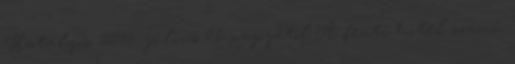
Hatályos: 2015. július 01. napjától A fenti hitel számú